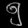
Digit: ၅